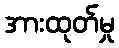
အားထုတ်မှု